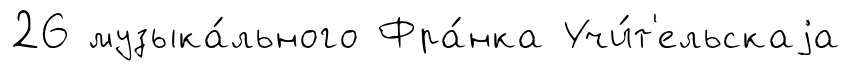
26 музыка́льного Фра́нка Учи́т'ельскаjа